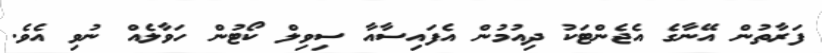
ފަރާތުން އޭނާގެ އެޖެންޓަކު ދިއުމުން އެފައިސާއާ ސިވިލް ކޯޓުން ހަވާލެއް ނުވި އެވެ.